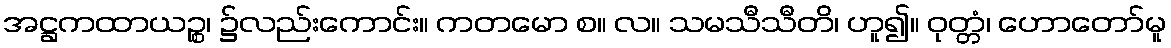
အဋ္ဌကထာယဉ္စ၊ ၌လည်းကောင်း။ ကတမော စ။ လ။ သမသီသီတိ၊ ဟူ၍။ ဝုတ္တံ၊ ဟောတော်မူ